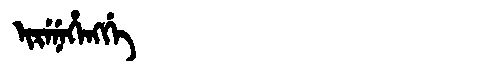
Manchu: ᡳᡵᡝᠨᡝᡥᡝᠩᡤᡝ
Romanization: IRENEHENGGE